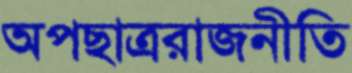
অপছাত্ররাজনীতি